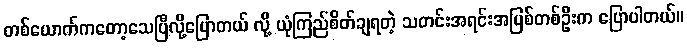
တစ်ယောက်ကတော့သေပြီလို့ပြောတယ် လို့ ယုံကြည်စိတ်ချရတဲ့ သတင်းအရင်းအမြစ်တစ်ဦးက ပြောပါတယ်။